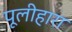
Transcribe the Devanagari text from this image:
पूलीहारा